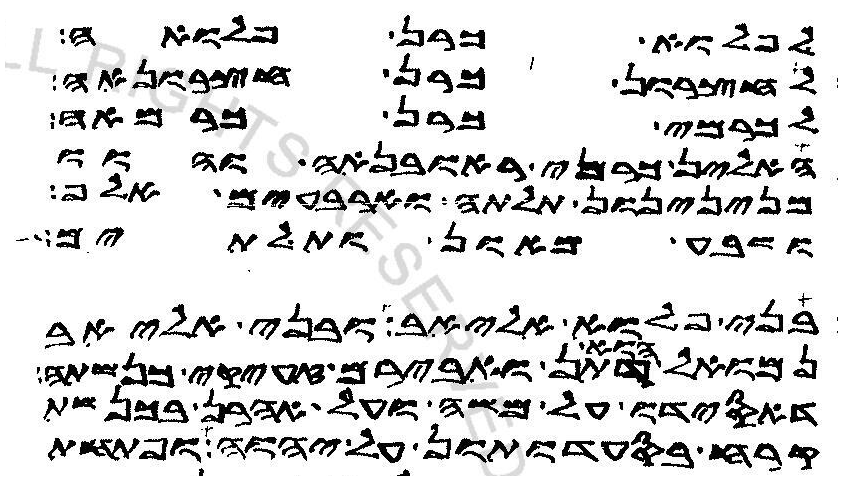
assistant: לפלוא כרן פלואה
לחצרון כרן חצרונאה
לכרמי כרן כרמאה
האלין כרני ראובנאה והוו
מנינינון תלתה וארבעים אלף
ושבע מאון ותלתים
בני פלוא אליאב ובני אליאב
הוא דתן ואבירם זעיקי כנשתה
דאסידו על משה ועל אהרן בכנשת
קרח בסעדותון על יהוה ופתחת